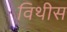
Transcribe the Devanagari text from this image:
विथीस